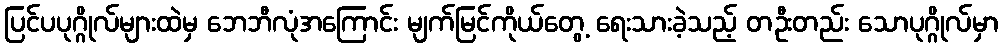
ပြင်ပပုဂ္ဂိုလ်များထဲမှ ဘေဘီလုံအကြောင်း မျက်မြင်ကိုယ်တွေ့ ရေးသားခဲ့သည့် တဦးတည်း သောပုဂ္ဂိုလ်မှာ